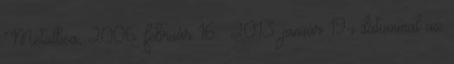
Metallica, 2006. február 16. 2013. január 19-i dátummal az